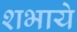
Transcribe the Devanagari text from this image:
शभाये